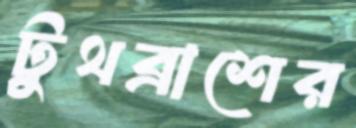
টুথব্রাশের